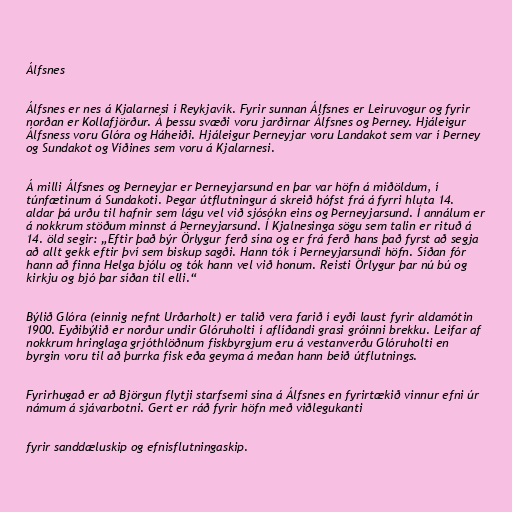
Álfsnes

Álfsnes er nes á Kjalarnesi í Reykjavík. Fyrir sunnan Álfsnes er Leiruvogur og fyrir
norðan er Kollafjörður. Á þessu svæði voru jarðirnar Álfsnes og Þerney. Hjáleigur
Álfsness voru Glóra og Háheiði. Hjáleigur Þerneyjar voru Landakot sem var í Þerney
og Sundakot og Víðines sem voru á Kjalarnesi.

Á milli Álfsnes og Þerneyjar er Þerneyjarsund en þar var höfn á miðöldum, í
túnfætinum á Sundakoti. Þegar útflutningur á skreið hófst frá á fyrri hluta 14.
aldar þá urðu til hafnir sem lágu vel við sjósókn eins og Þerneyjarsund. Í annálum er
á nokkrum stöðum minnst á Þerneyjarsund. Í Kjalnesinga sögu sem talin er rituð á
14. öld segir: „Eftir það býr Örlygur ferð sína og er frá ferð hans það fyrst að segja
að allt gekk eftir því sem biskup sagði. Hann tók í Þerneyjarsundi höfn. Síðan fór
hann að finna Helga bjólu og tók hann vel við honum. Reisti Örlygur þar nú bú og
kirkju og bjó þar síðan til elli.“

Býlið Glóra (einnig nefnt Urðarholt) er talið vera farið í eyði laust fyrir aldamótin
1900. Eyðibýlið er norður undir Glóruholti í aflíðandi grasi gróinni brekku. Leifar af
nokkrum hringlaga grjóthlöðnum fiskbyrgjum eru á vestanverðu Glóruholti en
byrgin voru til að þurrka fisk eða geyma á meðan hann beið útflutnings.

Fyrirhugað er að Björgun flytji starfsemi sína á Álfsnes en fyrirtækið vinnur efni úr
námum á sjávarbotni. Gert er ráð fyrir höfn með viðlegukanti

fyrir sanddæluskip og efnisflutningaskip.